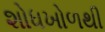
શોધખોળથી